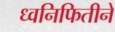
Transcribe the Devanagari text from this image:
ध्वनिफितीने